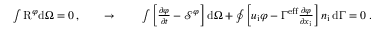
\begin{array} { r } { \int \mathrm { R } ^ { \varphi } \mathrm { d } \Omega = 0 \, , \qquad \to \qquad \int \left[ \frac { \partial \varphi } { \partial t } - \mathcal { S } ^ { \varphi } \right] \mathrm { d } \Omega + \oint \left[ u _ { \mathrm { i } } \varphi - \Gamma ^ { \mathrm { e f f } } \frac { \partial \varphi } { \partial x _ { \mathrm { i } } } \right] n _ { \mathrm { i } } \, \mathrm { d } \Gamma = 0 \; . } \end{array}